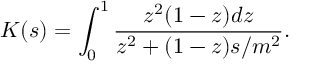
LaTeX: K ( s ) = \int _ { 0 } ^ { 1 } \frac { z ^ { 2 } ( 1 - z ) d z } { z ^ { 2 } + ( 1 - z ) s / m ^ { 2 } } .